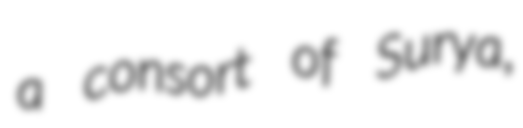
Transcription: a consort of Surya,